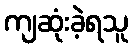
ကျဆုံးခဲ့ရသူ